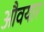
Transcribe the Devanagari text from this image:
औवयार